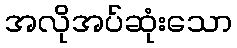
အလိုအပ်ဆုံးသော